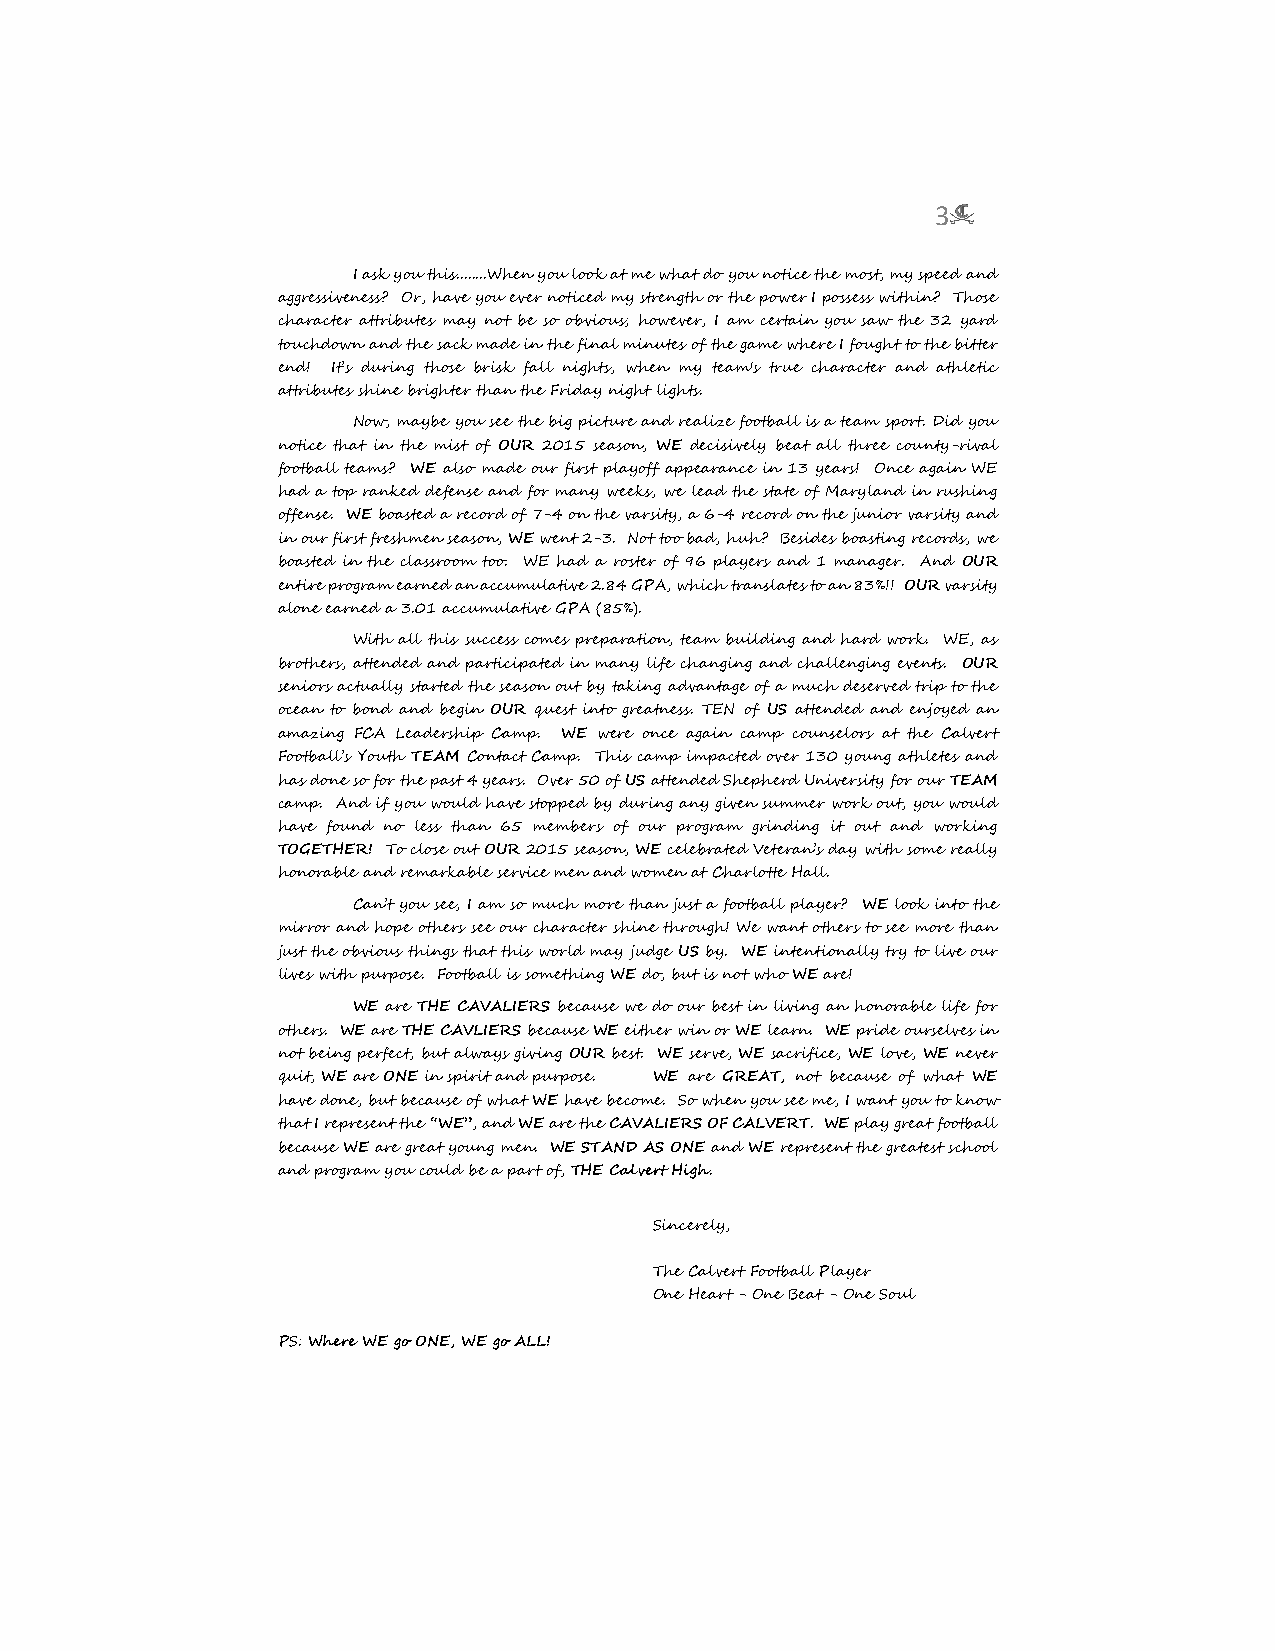
3
 I ask you this........When you look at me what do you notice the most, my speed and
 aggressiveness? Or, have you ever noticed my strength or the power I possess within? Those
 character attributes may not be so obvious; however, I am certain you saw the 32 yard
 touchdown and the sack made in the final minutes of the game where I fought to the bitter
 end! It’s during those brisk fall nights, when my team's true character and athletic
 attributes shine brighter than the Friday night lights.
 Now, maybe you see the big picture and realize football is a team sport. Did you
 notice that in the mist of OUR 2015 season, WE decisively beat all three county-rival
 football teams? WE also made our first playoff appearance in 13 years! Once again WE
 had a top ranked defense and for many weeks, we lead the state of Maryland in rushing
 offense. WE boasted a record of 7-4 on the varsity, a 6-4 record on the junior varsity and
 in our first freshmen season, WE went 2-3. Not too bad, huh? Besides boasting records, we
 boasted in the classroom too. WE had a roster of 96 players and 1 manager. And OUR
 entire program earned an accumulative 2.84 GPA, which translates to an 83%!! OUR varsity
 alone earned a 3.01 accumulative GPA (85%).
 With all this success comes preparation, team building and hard work. WE, as
 brothers, attended and participated in many life changing and challenging events. OUR
 seniors actually started the season out by taking advantage of a much deserved trip to the
 ocean to bond and begin OUR quest into greatness. TEN of US attended and enjoyed an
 amazing FCA Leadership Camp. WE were once again camp counselors at the Calvert
 Football’s Youth TEAM Contact Camp. This camp impacted over 130 young athletes and
 has done so for the past 4 years. Over 50 of US attended Shepherd University for our TEAM
 camp. And if you would have stopped by during any given summer work out, you would
 have found no less than 65 members of our program grinding it out and working
 TOGETHER! To close out OUR 2015 season, WE celebrated Veteran’s day with some really
 honorable and remarkable service men and women at Charlotte Hall.
 Can’t you see, I am so much more than just a football player? WE look into the
 mirror and hope others see our character shine through! We want others to see more than
 just the obvious things that this world may judge US by. WE intentionally try to live our
 lives with purpose. Football is something WE do, but is not who WE are!
 WE are THE CAVALIERS because we do our best in living an honorable life for
 others. WE are THE CAVLIERS because WE either win or WE learn. WE pride ourselves in
 not being perfect, but always giving OUR best. WE serve, WE sacrifice, WE love, WE never
 quit, WE are ONE in spirit and purpose. WE are GREAT, not because of what WE
 have done, but because of what WE have become. So when you see me, I want you to know
 that I represent the “WE”, and WE are the CAVALIERS OF CALVERT. WE play great football
 because WE are great young men. WE STAND AS ONE and WE represent the greatest school
 and program you could be a part of, THE Calvert High.
 Sincerely,
 The Calvert Football Player
 One Heart - One Beat - One Soul
 PS: Where WE go ONE, WE go ALL!